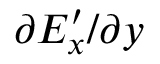
\partial E _ { x } ^ { \prime } / \partial y